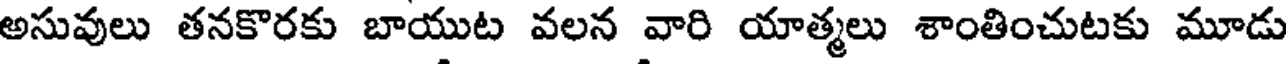
అసువులు తనకొరకు బాయుట వలన వారి యాత్మలు శాంతించుటకు మూడు